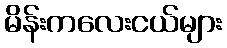
မိန်းကလေးငယ်များ